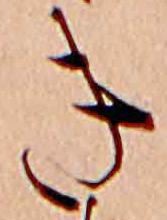
き